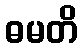
ဓမတိ